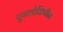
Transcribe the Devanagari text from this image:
एम्लोडिपीन